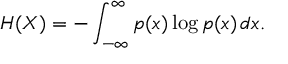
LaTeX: H ( X ) = - \int _ { - \infty } ^ { \infty } p ( x ) \log p ( x ) \, d x .